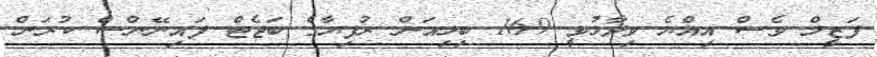
ފަޒީލް ވެސް އިއްޔެ ވިދާޅުވީ 16.9 ބިލިއަން ރުފިޔާގެ ބަޖެޓް ފައިނޭންސް ކުރަން